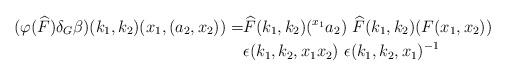
LaTeX: \begin{align*} (\varphi(\widehat{F}) \delta_G \beta) (k_1,k_2)(x_1,(a_2,x_2)) = & \widehat{F}(k_1,k_2)({}^{x_1}a_2) \ \widehat{F}(k_1,k_2)(F(x_1,x_2))\\ &\epsilon(k_1,k_2,x_1x_2)\ \epsilon(k_1,k_2,x_1)^{-1} \end{align*}